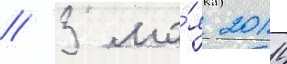
// 3 ма́я 2014